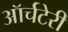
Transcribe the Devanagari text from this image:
ऑर्चटेरी